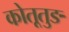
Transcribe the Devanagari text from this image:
कोतूतुङ